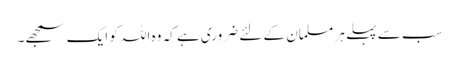
سب سے پہلے ہر مسلمان کے لئے ضروری ہے کہ وہ اللہ کو ایک سمجھے۔